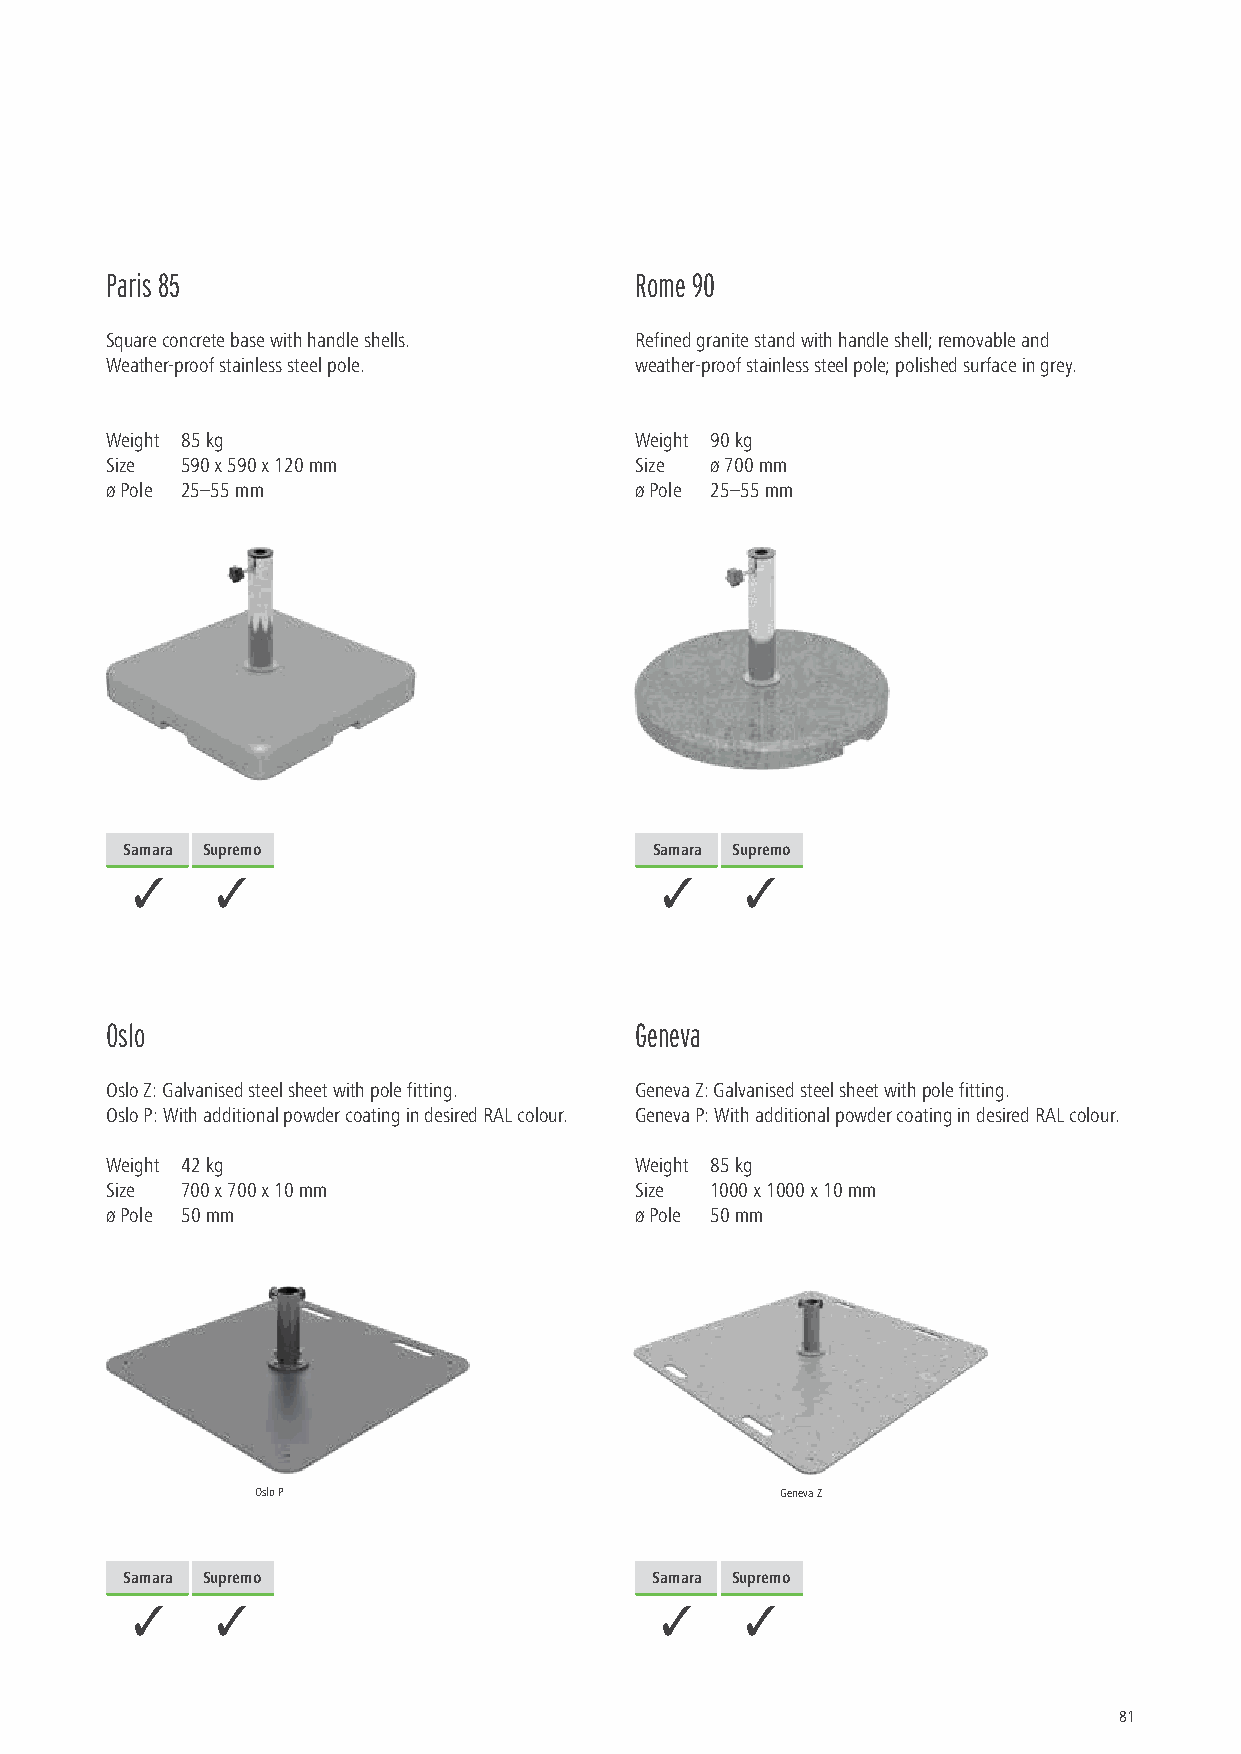
Paris 85                           Rome 90
 Square concrete base with handle shells. Refined granite stand with handle shell; removable and
 Weather-proof stainless steel pole. weather-proof stainless steel pole; polished surface in grey.
 Weight 85 kg                       Weight 90 kg
 Size 590 x 590 x 120 mm            Size ø 700 mm
 ø Pole 25–55 mm                    ø Pole 25–55 mm
 Samara Supremo                     Samara Supremo
 3    3                             3    3
 Oslo                               Geneva
 Oslo Z: Galvanised steel sheet with pole fitting. Geneva Z: Galvanised steel sheet with pole fitting.
 Oslo P: With additional powder coating in desired RAL colour. Geneva P: With additional powder coating in desired RAL colour.
 Weight 42 kg                       Weight 85 kg
 Size 700 x 700 x 10 mm             Size 1000 x 1000 x 10 mm
 ø Pole 50 mm                       ø Pole 50 mm
 Oslo P                             Geneva Z
 Samara Supremo                     Samara Supremo
 3    3                             3    3
 81